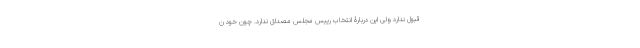
قبول ندارد ولی این دربارۀ انتخاب رییس مجلس مصداق ندارد. چون خود ن